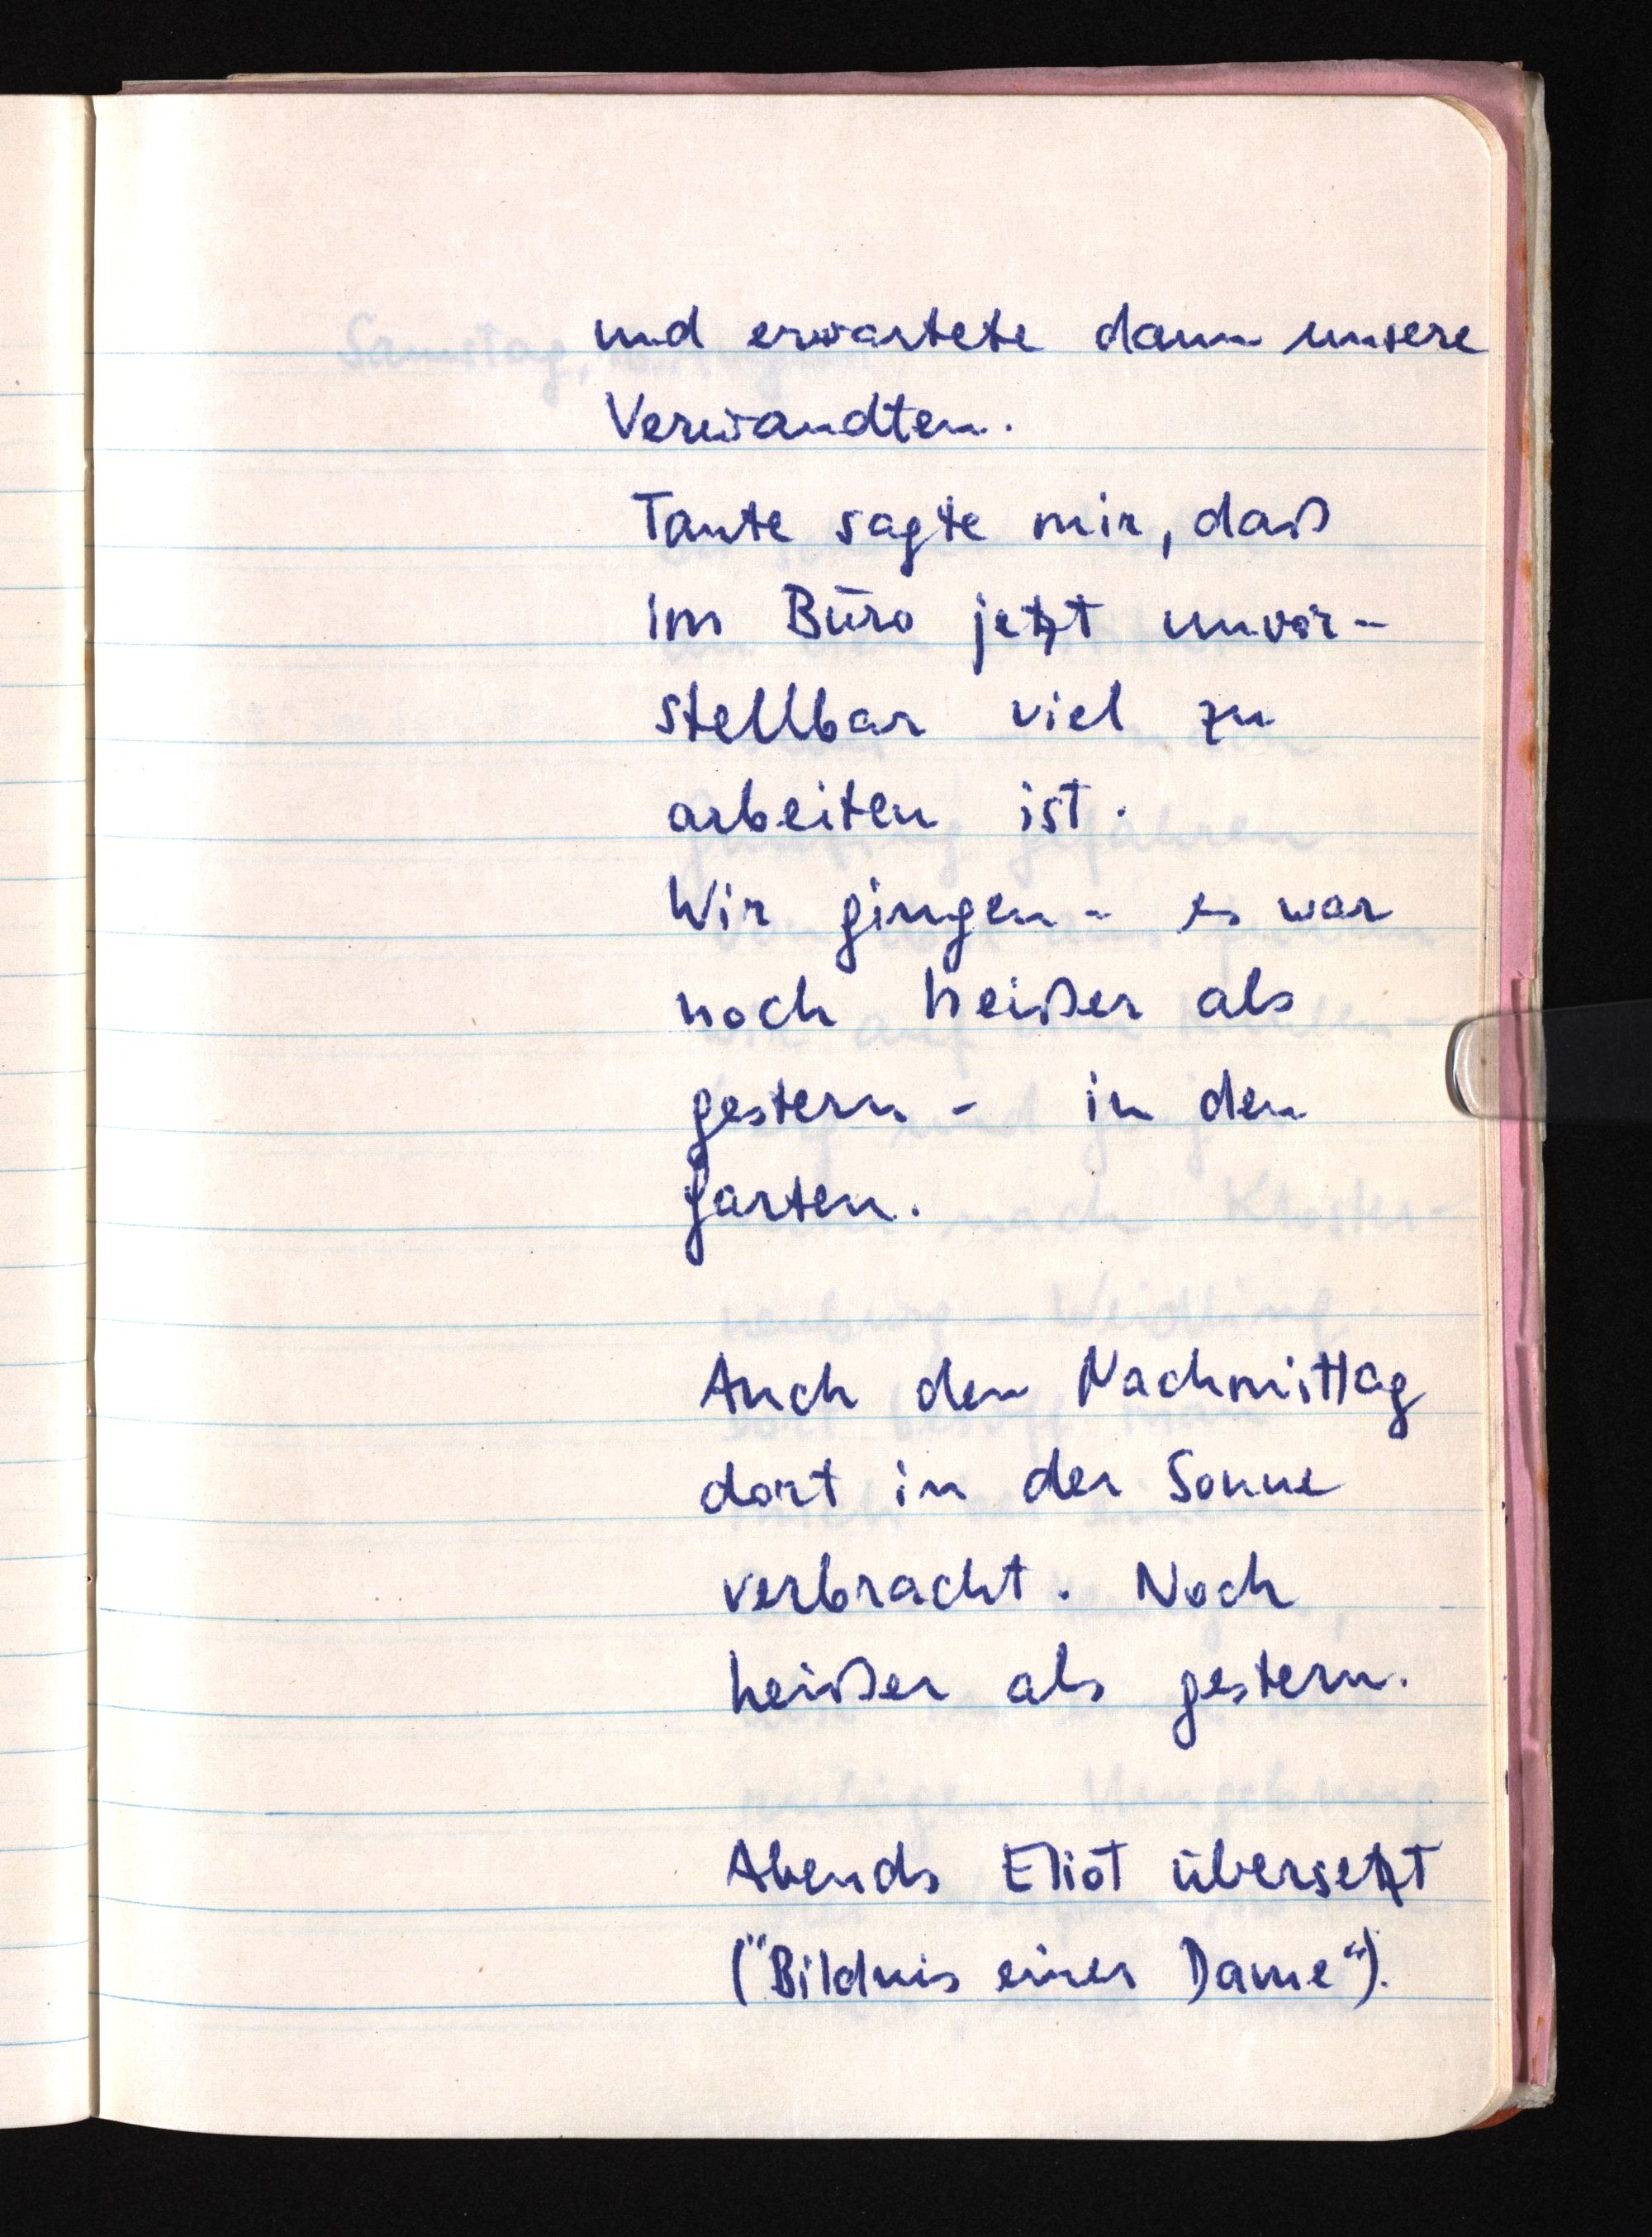
und erwartete dann unsere
Verwandten.
Tante sagte mir, daß
im Büro jetzt unvor¬
stellbar viel zu
arbeiten ist.
Wir gingen - es war
noch heißer als
gestern - in den
Garten.
Auch den Nachmittag
dort in der Sonne
verbracht. Noch
heißer als gestern.
Abends Eliot übersetzt
("Bildnis einer Dame").